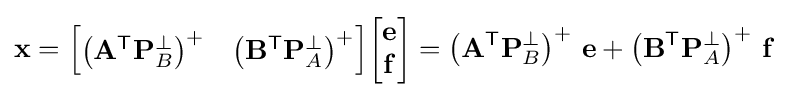
\mathbf {x} ={\begin{bmatrix}\left(\mathbf {A} ^{\textsf {T}}\mathbf {P} _{B}^{\perp }\right)^{+}&\left(\mathbf {B} ^{\textsf {T}}\mathbf {P} _{A}^{\perp }\right)^{+}\end{bmatrix}}{\begin{bmatrix}\mathbf {e} \\\mathbf {f} \end{bmatrix}}=\left(\mathbf {A} ^{\textsf {T}}\mathbf {P} _{B}^{\perp }\right)^{+}\,\mathbf {e} +\left(\mathbf {B} ^{\textsf {T}}\mathbf {P} _{A}^{\perp }\right)^{+}\,\mathbf {f}